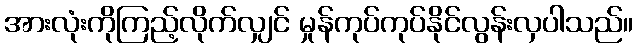
အားလုံးကိုကြည့်လိုက်လျှင် မှုန်ကုပ်ကုပ်နိုင်လွန်းလှပါသည်။